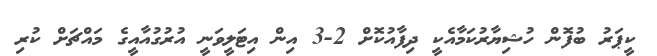
ކީޕަރު ބުފޮން ހުޝިޔާރުކަމާއެކީ ދިފާއުކޮށް 2-3 އިން އިޓަލީވަނީ އުރުގުއާއީގެ މައްޗަށް ކުރި